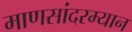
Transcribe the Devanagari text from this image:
माणसांदरम्यान